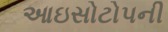
આઇસોટોપની